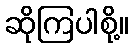
ဆိုကြပါစို့။